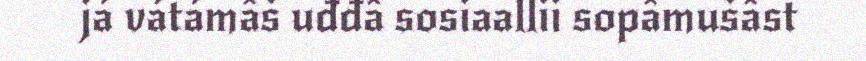
já vátámâš uđđâ sosiaallii sopâmušâst